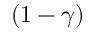
( 1 - \gamma )